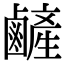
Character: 𪉺